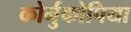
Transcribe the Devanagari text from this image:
कोर्नुकोपिया